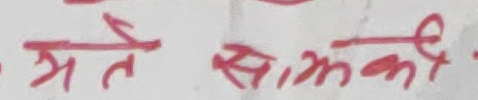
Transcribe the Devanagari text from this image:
से ते स्मे को